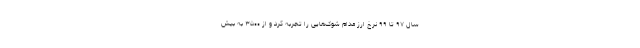
سال ۹۷ تا ۹۹ نرخ ارز مدام شوک‌هایی را تجربه ‌کرد و از ۳۵۰۰ به بیش